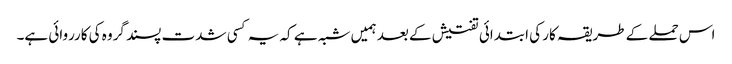
اس حملے کے طریقہ کار کی ابتدائی تفتیش کے بعد ہمیں شبہ ہے کہ یہ کسی شدت پسند گروہ کی کارروائی ہے۔